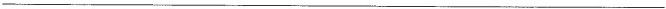
___